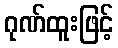
ဂုဏ်ထူးဖြင့်